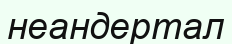
неандертал